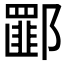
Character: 𰻾